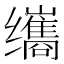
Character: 𫄹